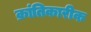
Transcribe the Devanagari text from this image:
क्रांतिकारीक